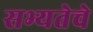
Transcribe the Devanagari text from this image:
सभ्यतेचे